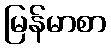
မြန်မာစာ